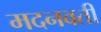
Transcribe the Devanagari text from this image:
मदनवती